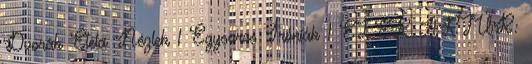
Dvorák Etela Nézlek 1 Egysoros Íróniák 1 ELEK ARTÚR: